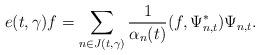
LaTeX: \begin{align*}e(t,\gamma)f=\sum_{n\in J(t,\gamma)}\frac{1}{\alpha_{n}(t)}(f,\Psi_{n,t}^{\ast})\Psi_{n,t}.\end{align*}